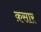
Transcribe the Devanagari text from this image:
क़सार